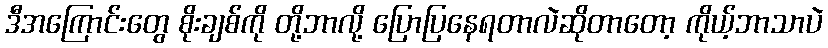
ဒီအကြောင်းတွေ စိုးချစ်ကို တို့ဘာလို့ ပြောပြနေရတာလဲဆိုတာတော့ ကိုယ့်ဘာသာပဲ